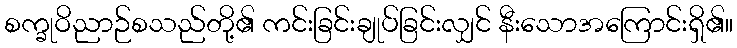
စက္ခုဝိညာဉ်စသည်တို့၏ ကင်းခြင်းချုပ်ခြင်းလျှင် နီးသောအကြောင်းရှိ၏။